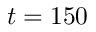
t = 1 5 0